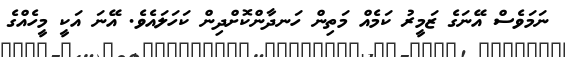
ނަމަވެސް އޭނަގެ ޒަމީރު ކަމެއް މަތިން ހަނދާންކޮށްދިން ކަހަލައެވެ. އޭނަ އަކީ މީހެއްގެ